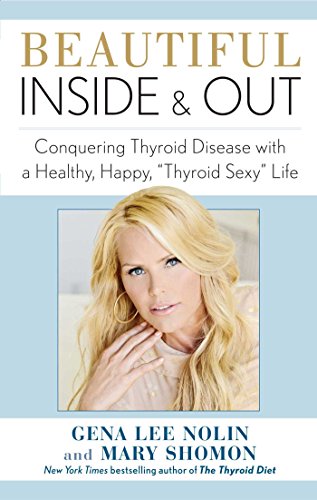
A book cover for Beautiful Inside and Out: Conquering Thyroid Disease with a Healthy, Happy, "Thyroid Sexy" Life; Gena  Lee Nolin; Health, Fitness & Dieting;